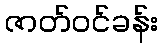
ဇာတ်ဝင်ခန်း